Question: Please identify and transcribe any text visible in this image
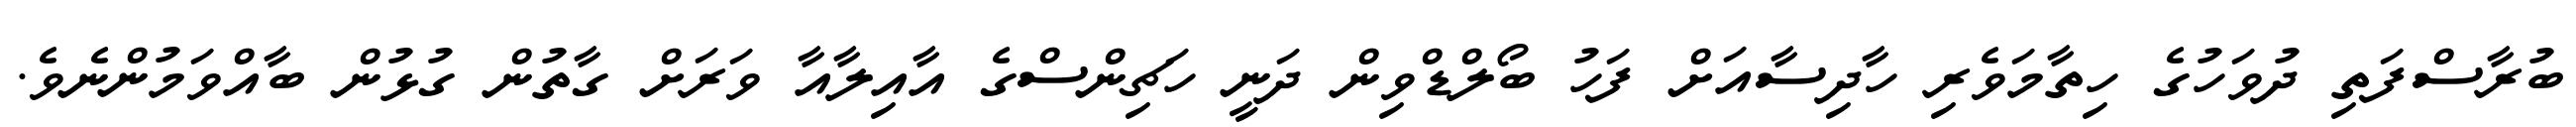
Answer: ބުރާސްފަތި ދުވަހުގެ ހިތާމަވެރި ހާދިސާއަށް ފަހު ބޯލްޑްވިން ދަނީ ހަޗިންސްގެ އާއިލާއާ ވަރަށް ގާތުން ގުޅުން ބާއްވަމުންނެވެ.